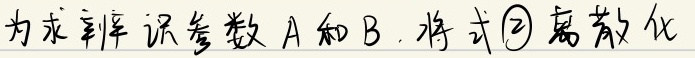
为求 辨 识 参数 A 和 B, 将式\textcircled{2}离散化